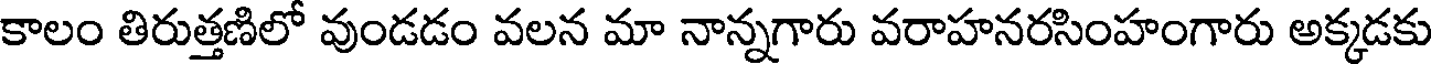
కాలం తిరుత్తణిలో వుండడం వలన మా నాన్నగారు వరాహనరసింహంగారు అక్కడకు